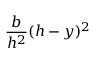
{ \frac { b } { h ^ { 2 } } } ( h - y ) ^ { 2 }